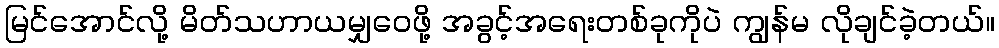
မြင်အောင်လို့ မိတ်သဟာယမျှဝေဖို့ အခွင့်အရေးတစ်ခုကိုပဲ ကျွန်မ လိုချင်ခဲ့တယ်။